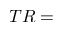
T R =